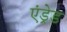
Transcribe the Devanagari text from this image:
एंड्रेड